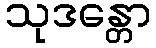
သုဒန္တော